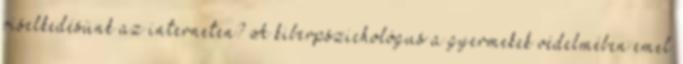
viselkedésünk az interneten? A kiberpszichológus a gyermekek védelmében emel